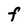
Character: F